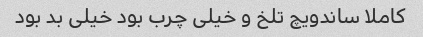
کاملا ساندویچ تلخ و خیلی چرب بود خیلی بد بود